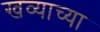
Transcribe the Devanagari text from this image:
खव्याच्या